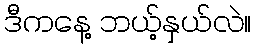
ဒီကနေ့ ဘယ့်နှယ်လဲ။